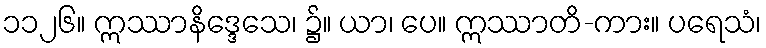
၁၁၂၆။ ဣဿာနိဒ္ဒေသေ၊ ၌။ ယာ၊ ပေ။ ဣဿာတိ-ကား။ ပရေသံ၊